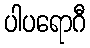
ပါပရောဂီ